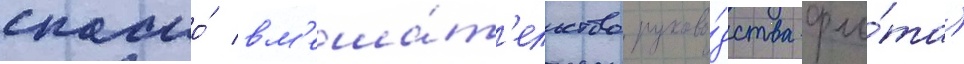
спасло́ вм'еша́т'ельство руково́дства фло́та)